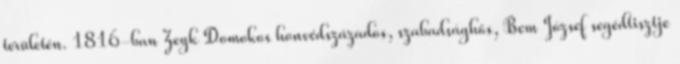
területén. 1816-ban Zeyk Domokos honvédszázados, szabadsághős, Bem József segédtisztje